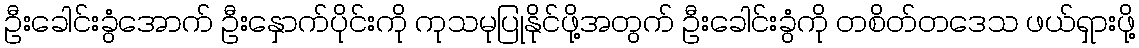
ဦးခေါင်းခွံအောက် ဦးနှောက်ပိုင်းကို ကုသမုပြုနိုင်ဖို့အတွက် ဦးခေါင်းခွံကို တစိတ်တဒေသ ဖယ်ရှားဖို့